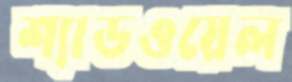
শ্যাডওয়েল